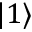
| 1 \rangle